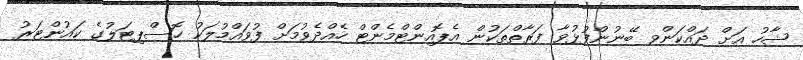
ޝާހު އަށް ދައްކަންވ ބޭނުންފުޅުވާ ފަރާތްތަކުން އެޕޮއިންޓްމެންޓް ހެއްދެވުމަށް ފުވައްމުލަކު ހޮސްޕިޓަލުގެ ކައުންޓަރު